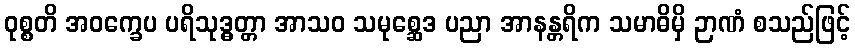
ဝုစ္စတိ အဝက္ခေပ ပရိသုဒ္ဓတ္တာ အာသဝ သမုစ္ဆေဒ ပညာ အာနန္တရိက သမာဓိမှိ ဉာဏံ စသည်ဖြင့်